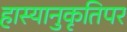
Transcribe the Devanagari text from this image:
हास्यानुकृतिपर